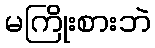
မကြိုးစားဘဲ